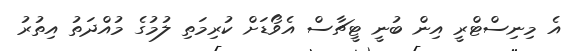
އެ މިނިސްޓްރީ އިން ބުނީ ޓީޗާސް އެވޯޑަށް ކުރިމަތި ލުމުގެ މުއްދަތު އިތުރު